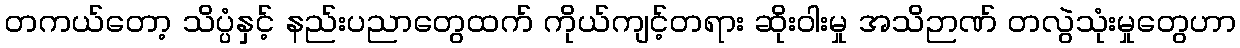
တကယ်တော့ သိပ္ပံနှင့် နည်းပညာတွေထက် ကိုယ်ကျင့်တရား ဆိုးဝါးမှု အသိဉာဏ် တလွဲသုံးမှုတွေဟာ